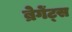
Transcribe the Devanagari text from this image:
ब्रेगेंट्स